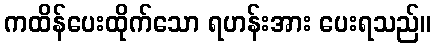
ကထိန်ပေးထိုက်သော ရဟန်းအား ပေးရသည်။